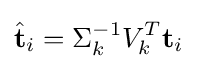
{\hat {\textbf {t}}}_{i}=\Sigma _{k}^{-1}V_{k}^{T}{\textbf {t}}_{i}